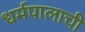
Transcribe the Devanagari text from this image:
धर्मपालाची